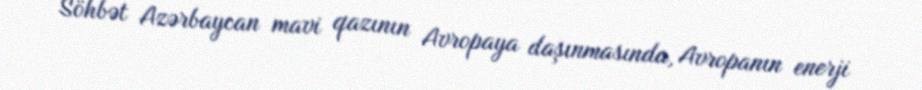
Söhbət Azərbaycan mavi qazının Avropaya daşınmasında, Avropanın enerji